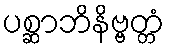
ပစ္ဆာဘိနိဗ္ဗတ္တံ